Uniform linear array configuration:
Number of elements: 4
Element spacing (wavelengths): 0.75
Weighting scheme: hann
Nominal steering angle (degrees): -30
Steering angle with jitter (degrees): -31.337
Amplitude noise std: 0.05
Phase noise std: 0.05

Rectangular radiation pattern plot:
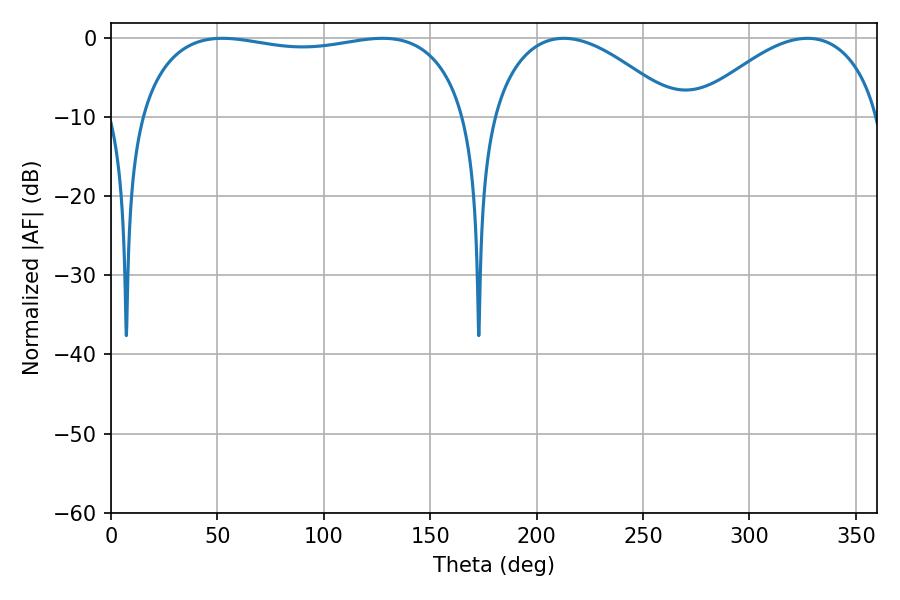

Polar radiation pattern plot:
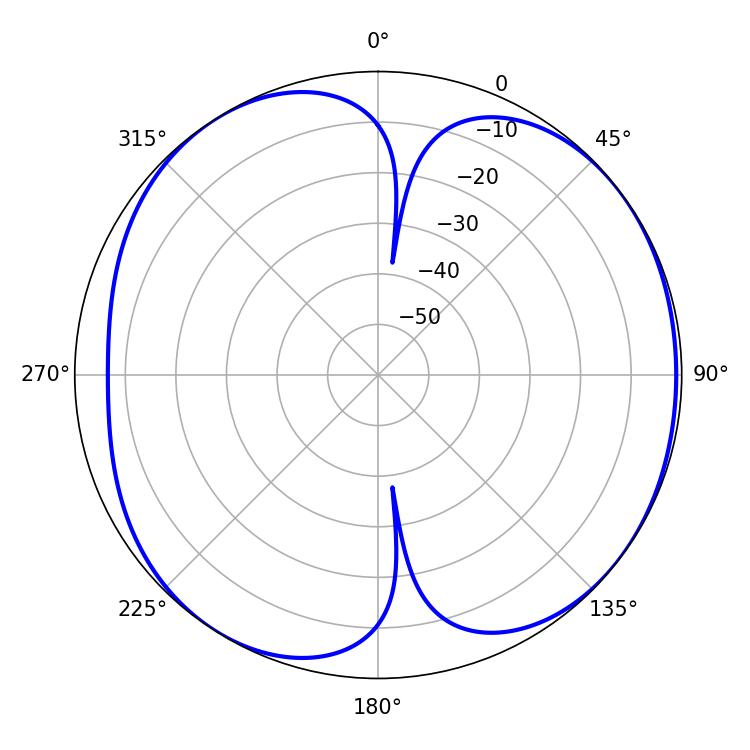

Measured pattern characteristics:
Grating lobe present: TRUE
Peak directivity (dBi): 6.084
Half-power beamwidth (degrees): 125.28
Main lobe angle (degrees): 52.38